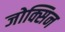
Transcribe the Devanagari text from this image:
जोक्सिन